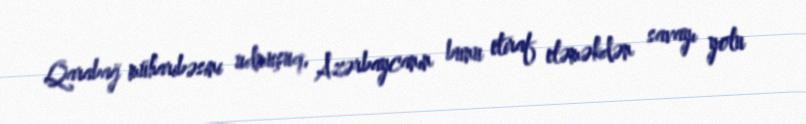
Qarabağ müharibəsini udmuşuq, Azərbaycanın bunu etiraf eləməkdən savayı yolu